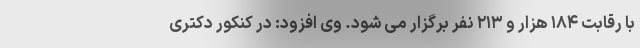
با رقابت ۱۸۴ هزار و ۲۱۳ نفر برگزار می شود. وی افزود: در کنکور دکتری